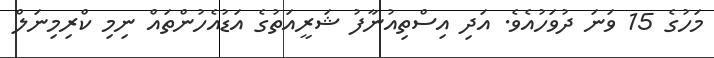
މަހުގެ 15 ވަނަ ދުވަހުއެވެ. އަދި އިސްތިއުނާފު ޝަރީއަތުގެ އަޑުއެހުންތައް ނިމި ކްރިމިނަލް